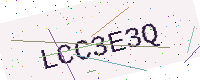
Text: LCC3E3Q